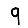
Digit: 9